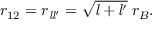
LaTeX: r _ { 1 2 } = r _ { { \mathit { l } } { \mathit { l } } ^ { \prime } } = { \sqrt { { \mathit { l } } + { \mathit { l } } ^ { \prime } } } \; r _ { B } .